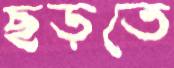
ছড়তে